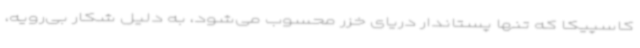
کاسپیکا که تنها پستاندار دریای خزر محسوب می‌شود، به دلیل شکار بی‌رویه،